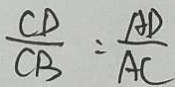
\frac { C D } { C B } = \frac { A D } { A C }